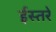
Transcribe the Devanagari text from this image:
ईस्तरे